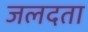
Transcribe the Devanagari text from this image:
जलदता